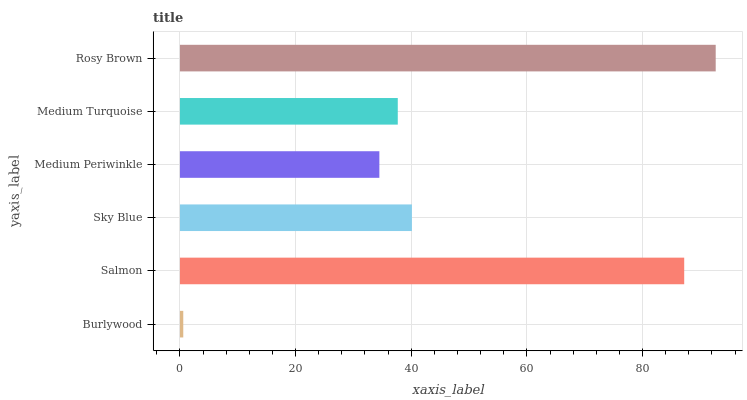
| yaxis_label | bars |
 | --- | --- |
 | Burlywood | 0.574 |
 | Salmon | 87.2 |
 | Sky Blue | 40.1 |
 | Medium Periwinkle | 34.5 |
 | Medium Turquoise | 37.7 |
 | Rosy Brown | 92.7 |